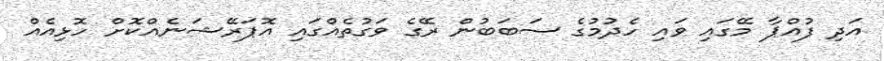
އަދި ފުއްޕާ މޭގައި ވައި ހެދުމުގެ ސަބަބުން ރޭގެ ވަގުތެއްގައި އޮޕަރޭޝަނެއްކޮށް ހޮޅިއެއް